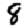
Digit: 8